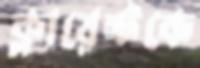
ক্লায়েন্টকে